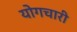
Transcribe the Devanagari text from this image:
योगचारी